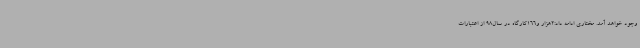
وجود خواهد آمد. مختاری ادامه داد:2هزار و166کارگاه در سال98 از اعتبارات